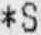
*S